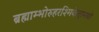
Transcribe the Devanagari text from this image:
ब्रह्माम्भोरुहरश्मिकेतुरनघो